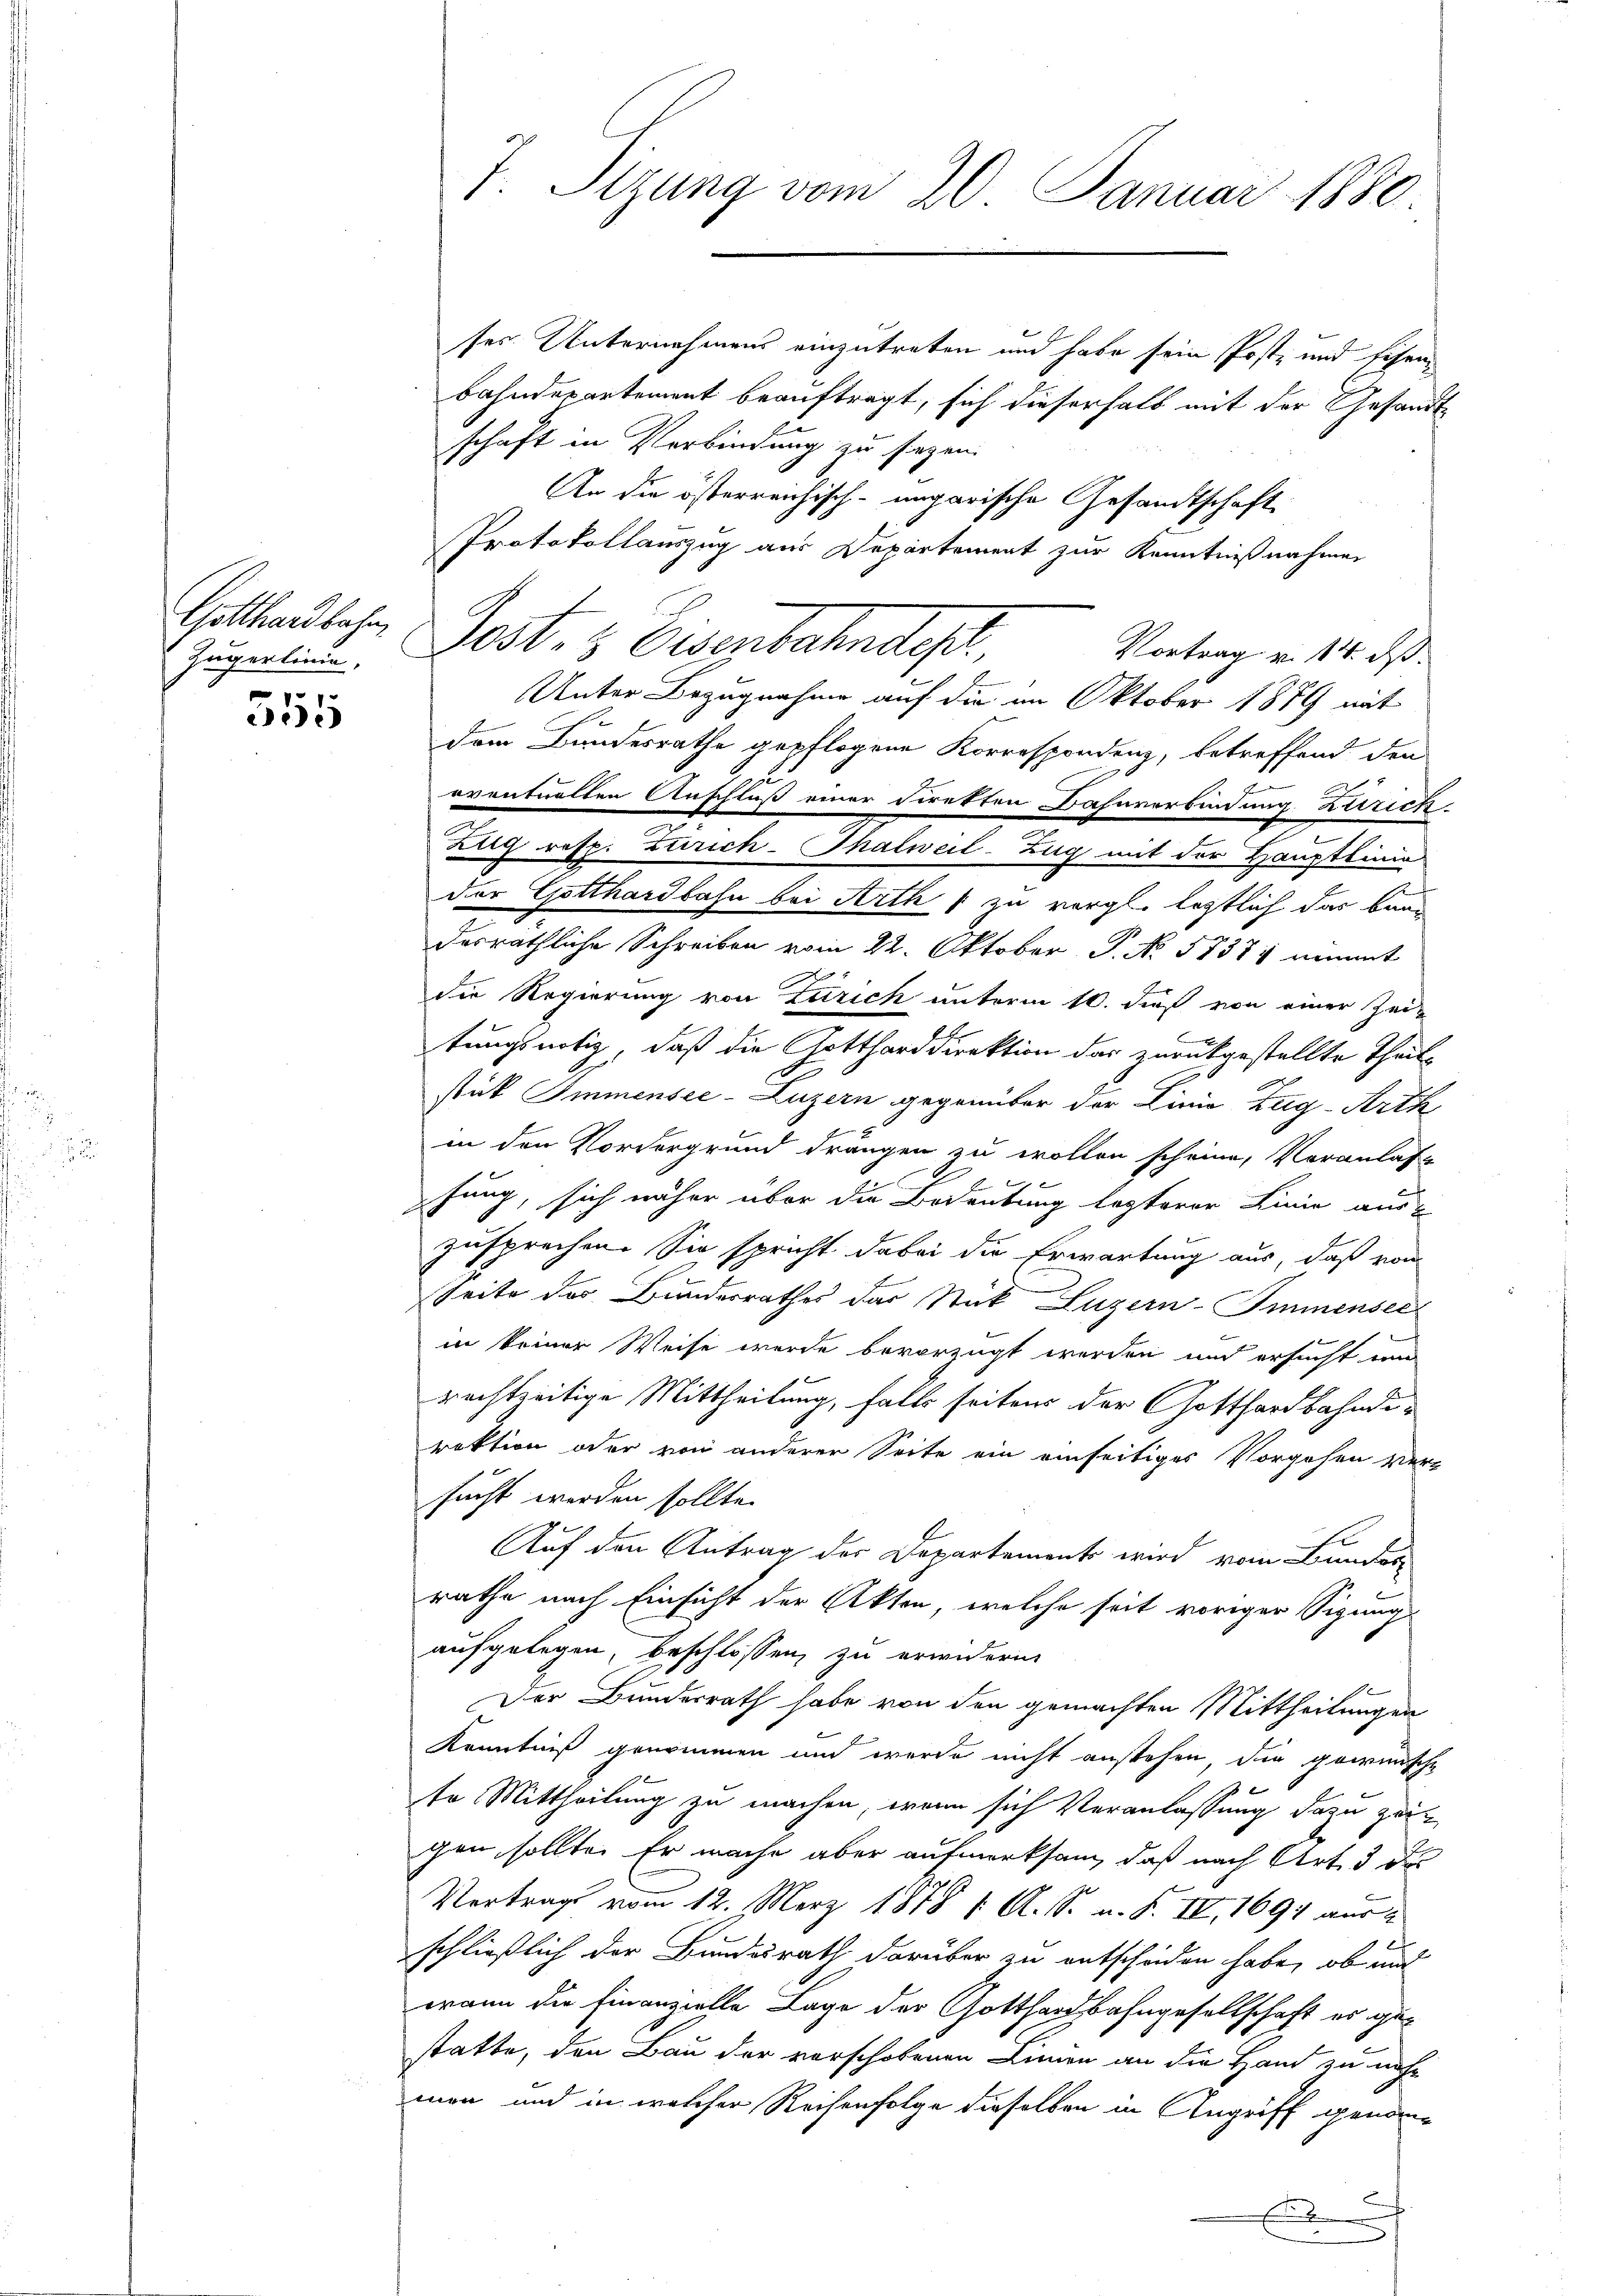
Zugerlinie,

555

ses Unternehmens einzutreten und habe sein Poste und Eisenbahndepartement beauftragt, sich dieserhalb mit der Gesandtschaft in Verbindung zu sezen.
An die österreichisch-ungarische Gesandtschaft
Protokollauszug aus Departement zur Kenntnißnahmen
Gottenbahr Post- & Eisenbahndep
Vortrag v. 14. ds.
Unter Bezugnahme auf die im Oktober 1879 mit
dem Bundesrathe gepflogene Korrespondenz, betreffend den
2
oventualten Anschluß einer Direkten Bahnverbindung Zürich¬
Ziig resp. Zürich-Thalweil-Zug mit der Hauptlinie
der Gotthardbahn bei Arth & zu vergl. letztlich das Bauderräthliche Schreiben vom 22. Oktober P. No. 58377 nimmt
die Regierung von Zürich unterm 10. dieß von einer Zei-
e
tungsnotiz, daß die Gottharddirektion das zurückgestellte Theils
stük Immensee-Luzern gegenüber der Linie Zug-Arth
in den Nordergrund drängen zu wollen scheine, Veranlass
1 x
x
sung, sich näher über die Bedeutung legterer Linie aus
zusprechen. Sie spricht dabei die Erwartung aus, daß von
Seite des Bundesrathes das Stück Luzern-Immnensei
in keiner Weise werde bevorzugt werden und ersucht un
rechtzeitige Mittheilung, falls seitens der Gotthardbahndirektion oder von anderer Seite ein einseitiges Vorgehen ver-
sucht werden sollte.
Auf den Antrag der Departements wird vom Bundes
rathe nach Einsicht der Akten, welche seit voriger Sigungs
aufgelegen, beschlossen, zu erwidern.
Der Bundesrath habe von den gemachten Mittheilungen
Kenntniß genommen und werde nicht anstehen, die gewünsche
te Mittheilung zu machen, wenn sich Veranlassung dazu zeit
gen sollte. Er mache aber aufmerksam, daß nach Art. 3 de
Vertrag vom 12. März 1878 1. A. S. u. F. II, 1694 aus
schließlich der Bundesrath darüber zu entscheiden habe, ob und
wann die Finanzielle Lage der Gotthardbahngesellschaft es gestatte, den Bau der vorschobenen Linien an die Hand zu nahmen und in welcher Reihenfolge dieselben in Angriff genom¬
.

7. Sizung vom 20. Januar 1880.